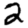
Digit: 2